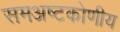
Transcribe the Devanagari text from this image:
समअष्टकोणीय